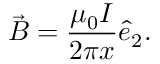
\Vec { B } = \frac { \mu _ { 0 } I } { 2 \pi x } \hat { e } _ { 2 } .